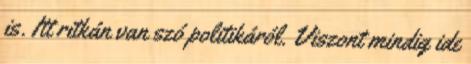
is. Itt ritkán van szó politikáról. Viszont mindig ide